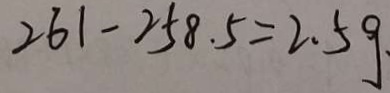
2 6 1 - 2 5 8 . 5 = 2 . 5 g .